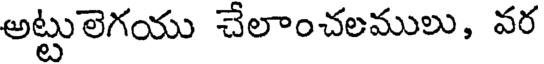
అట్టులెగయు చేలాంచలములు, వర